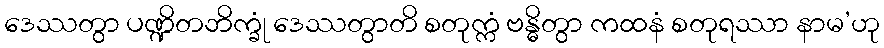
ဒေဿတွာ ပဏ္ဍိတဘိက္ခုံ ဒေဿတွာတိ စတုက္ကံ ဗန္ဓိတွာ ကထနံ စတုရဿာ နာမ’ဟု